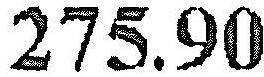
275.90